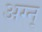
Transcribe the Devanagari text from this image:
अग्न्